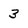
Character: 3